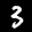
Label: 3